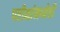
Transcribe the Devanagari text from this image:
परीक्षांमध्येही